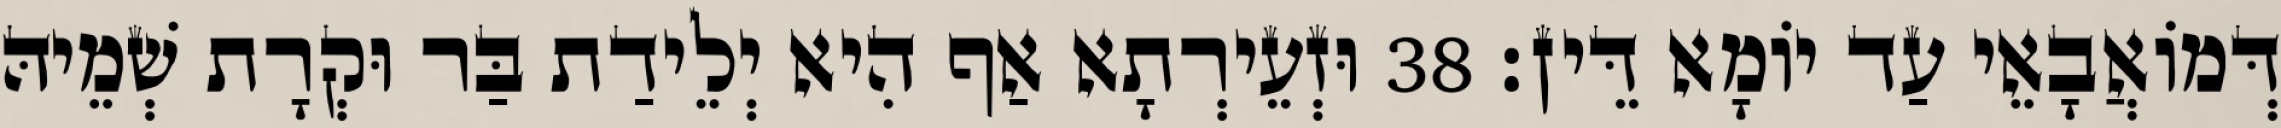
דְּמוֹאֲבָאֵי עַד יוֹמָא דֵּין׃ 38 וּזְעֵירְתָא אַף הִיא יְלֵידַת בַּר וּקְרָת שְׁמֵיהּ